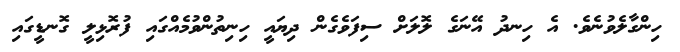
ހިންގާލެވުނެވެ. އެ ހިނދު އޭނަގެ ލޮލަށް ސިފަވެގެން ދިޔައީ ހިނިތުންވުމެއްގައި ފުރޮޅިލީ ގޮނޑީގައި